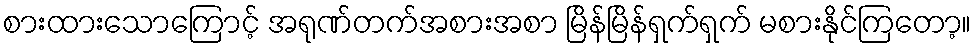
စားထားသောကြောင့် အရုဏ်တက်အစားအစာ မြိန်မြိန်ရှက်ရှက် မစားနိုင်ကြတော့။